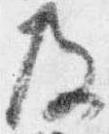
及